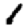
Digit: 1